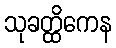
သုခတ္ထိကေန